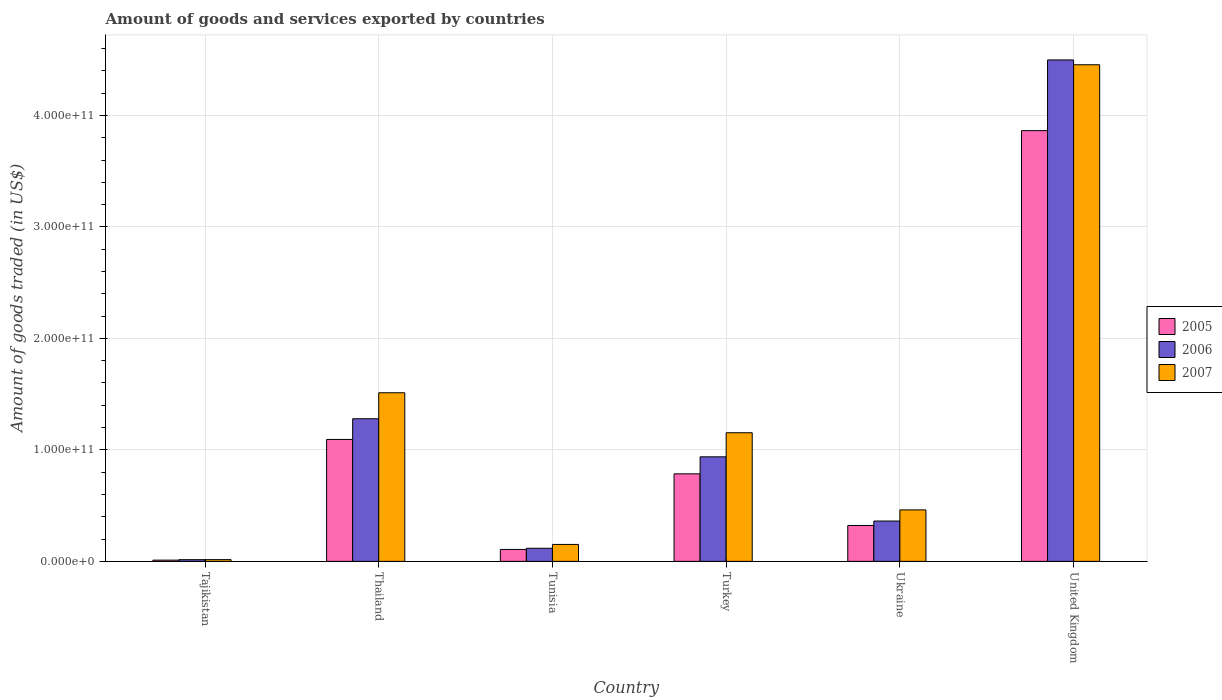
| Country | 2005 | 2006 | 2007 |
 | --- | --- | --- | --- |
 | Tajikistan | 1.11e+09 | 1.51e+09 | 1.56e+09 |
 | Thailand | 1.09e+11 | 1.28e+11 | 1.51e+11 |
 | Tunisia | 1.07e+10 | 1.17e+10 | 1.52e+10 |
 | Turkey | 7.85e+10 | 9.38e+10 | 1.15e+11 |
 | Ukraine | 3.22e+10 | 3.62e+10 | 4.62e+10 |
 | United Kingdom | 3.86e+11 | 4.5e+11 | 4.45e+11 |